Punjab Mental Hospital Lahore 1932-46 - 1932-1946
Year: 1932
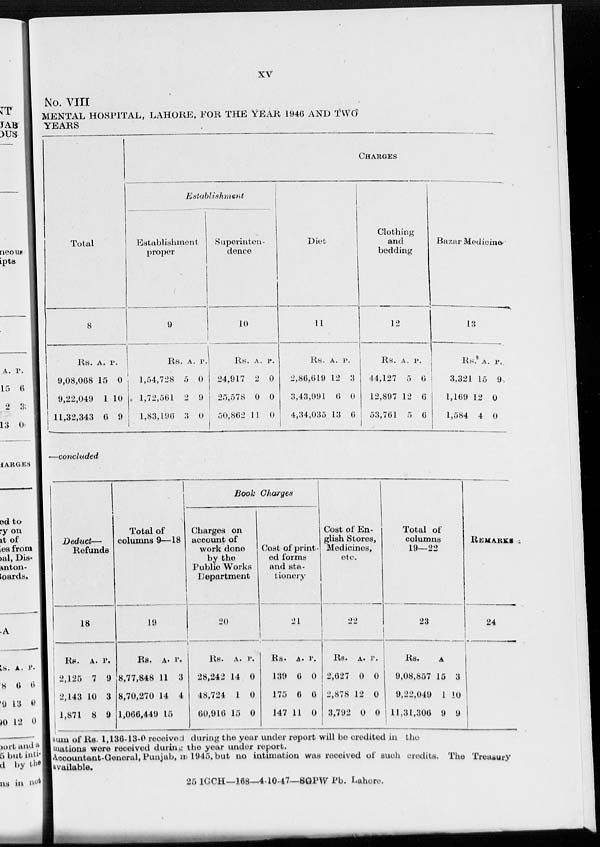
xv
No. VIII
MENTAL HOSPITAL, LAHORE, FOR THE YEAR 1946 AND TWO
YEARS
Total
8
Rs.
9,08,068
9,22,049
11,32,343
A.
15
1
6
P.
0
10
9
CHARGES
Establishment
Establishment
proper
9
Rs.
1,54,728
1,72,561
1,83,196
A.
5
2
3
P.
0
9
0
Superinten-
dence
10
Rs.
24,917
25,578
50,862
A.
2
0
11
P.
0
0
0
Diet
11
Rs.
2,86,619
3,43,991
4,34,035
A.
12
6
13
P.
3
0
6
Clothing
and
bedding
12
Rs.
44,127
12,897
53,761
A.
5
12
5
P.
6
6
6
Bazar Medicine.
13
Rs.
3,321
1,169
1,584
A.
15
12
4
P.
9
0
0
—concluded
Deduct—
Refunds
18
Rs.
2,125
2,143
1,871
A.
7
10
8
P.
9
3
9
Total of
columns 9—18
19
Rs.
8,77,848
8,70,270
1,066,449
A.
11
14
15
P.
3
4
Book Charges
Charges on
account of
work done
by the
Public Works
Department
20
Rs.
28,242
48,724
60,916
A.
14
1
15
P.
0
0
0
Cost of print-
ed forms
and sta-
tionery
21
Rs.
139
175
147
A.
6
6
11
P.
0
6
0
Cost of En-
glish Stores,
Medicines,
etc.
22
Rs.
2,627
2,878
3,792
A.
0
12
0
P.
0
0
0
Total of
columns
19—22
23
Rs.
9,08,857
9,22,049
11,31,306
A
15
1
9
P.
3
10
9
REMARK
24
sum of Rs. 1,136-13-0 received during the year under report will be credited in the
mations were received during the year under report.
Accountant-General, Punjab, in 1945, but no intimation was received of such credits. The Treasury
available.
25 IGCH—168—4-10-47—SGPW Pb. Lahore.